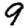
Digit: 9